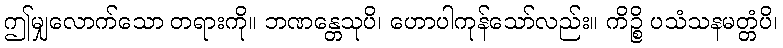
ဤမျှလောက်သော တရားကို။ ဘဏန္တေသုပိ၊ ဟောပါကုန်သော်လည်း။ ကိဉ္စိ ပသံသနမတ္တံပိ၊